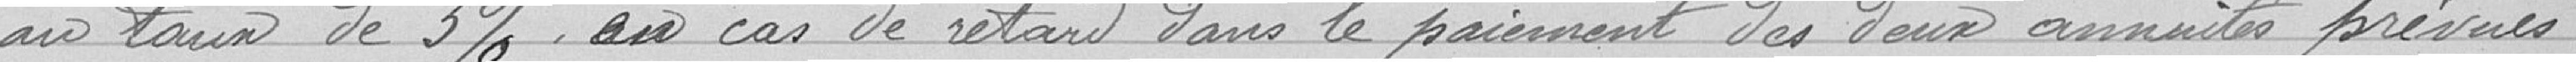
au taux de 3%, en cas de retard dans le paiement des deux annuités prévues,